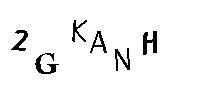
2GKANH